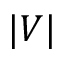
\vert V \vert